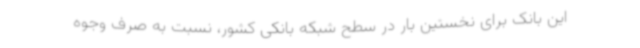
این بانک برای نخستین بار در سطح شبکه بانکی کشور، نسبت به صرف وجوه